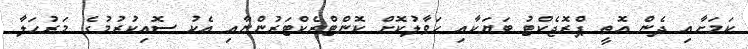
ކަމަށާއި ދެން އޮތީ ޕްރޮޖެކްޓު ބަޔަކާއި ހަވާލުކޮށް ކޮންޓްރެކްޓަރުންނާއި އެކު ސޮއިކުރުމުގެ މަރުހަލާ